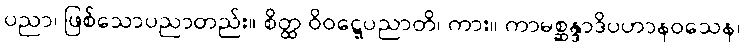
ပညာ၊ ဖြစ်သောပညာတည်း။ စိတ္ထ ဝိဝဋ္ဋေပညာတိ၊ ကား။ ကာမစ္ဆန္ဒာဒိပဟာနဝသေန၊